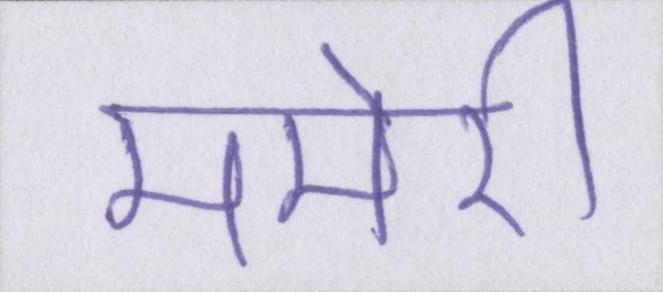
ममेरी